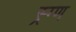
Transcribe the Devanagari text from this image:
स्र्ग्ण